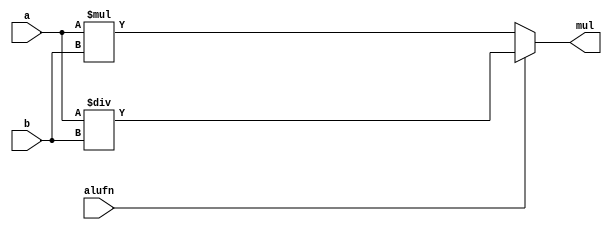
/*
   This file was generated automatically by the Mojo IDE version B1.3.6.
   Do not edit this file directly. Instead edit the original Lucid source.
   This is a temporary file and any changes made to it will be destroyed.
*/

module multiplier8Bit_16 (
    input [7:0] a,
    input [7:0] b,
    input alufn,
    output reg [7:0] mul
  );
  
  
  
  always @* begin
    if (~alufn) begin
      mul = a * b;
    end else begin
      mul = a / b;
    end
  end
endmodule